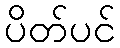
ပိတ်ပင်